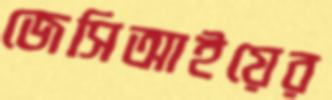
জেসিআইয়ের